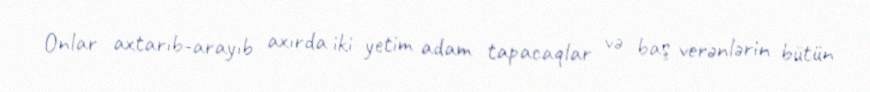
Onlar axtarıb-arayıb axırda iki yetim adam tapacaqlar və baş verənlərin bütün